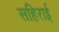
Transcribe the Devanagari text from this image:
सहिराई